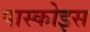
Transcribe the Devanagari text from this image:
पास्कोइस